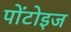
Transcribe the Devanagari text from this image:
पोंटोइज